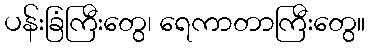
ပန်းခြံကြီးတွေ၊ ရေကာတာကြီးတွေ။